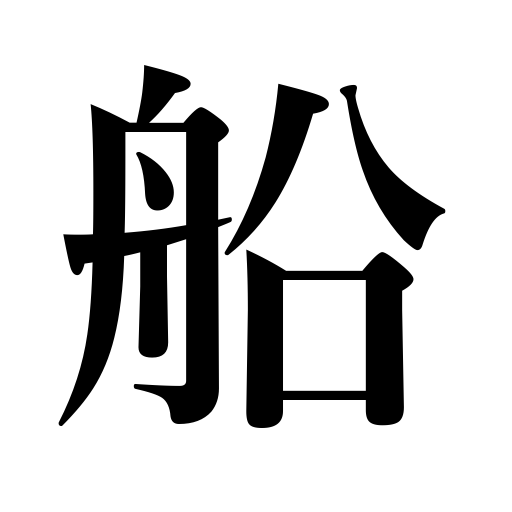
Meanings: barge,vessel,steamer,shipping,cistern,liner,trough,tank,vat,ship,boat